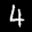
Label: 4